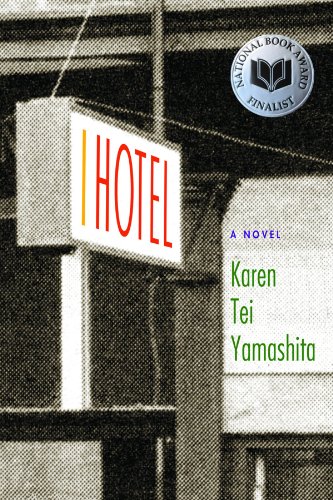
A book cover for I Hotel; Karen Tei Yamashita; Literature & Fiction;